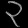
Digit: ၃